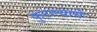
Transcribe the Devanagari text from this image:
फुटल्याचे